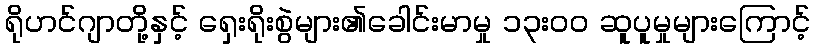
ရိုဟင်ဂျာတို့နှင့် ရှေးရိုးစွဲများ၏ခေါင်းမာမှု ၁၃းဝဝ ဆူပူမှုများကြောင့်